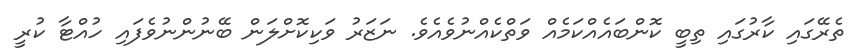
ތެރޭގައި ކާރުގައި ތިބީ ކޮންބައެއްކަމެއް ވަތްކެއްނުވެއެވެ. ނަޒަރު ވަކިކޮށްލަން ބޭނުންނުވެފައި ހުއްޓާ ކުރީ